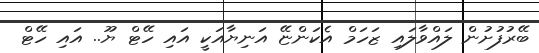
ބޭރުފުށުން ލައްވާލައި ޒަހަމް އެކަންޏޭ އަނިޔާއަކީ އައި ހޭޓް ޔޫ.. އައި ހޭޓް